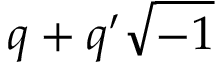
q + q ^ { \prime } { \sqrt { - 1 } }